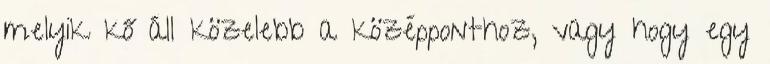
melyik kő áll közelebb a középponthoz, vagy hogy egy